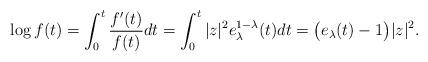
LaTeX: \begin{align*}\log f(t)=\int_{0}^{t}\frac{f^{\prime}(t)}{f(t)}dt=\int_{0}^{t}|z|^{2}e_{\lambda}^{1-\lambda}(t)dt=\big(e_{\lambda}(t)-1\big)|z|^{2}. \end{align*}